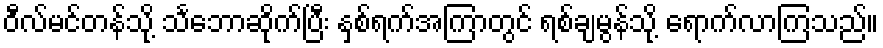
ဝီလ်မင်တန်သို့ သင်္ဘောဆိုက်ပြီး နှစ်ရက်အကြာတွင် ရစ်ချမွန်သို့ ရောက်လာကြသည်။